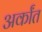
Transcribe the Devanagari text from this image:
अर्कांत